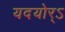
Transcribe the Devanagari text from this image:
यदयोर्ऽ